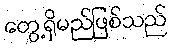
တွေ့ရှိမည်ဖြစ်သည်